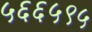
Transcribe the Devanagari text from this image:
५६६५९५